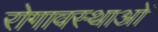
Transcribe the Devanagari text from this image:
रोगावस्थाओं